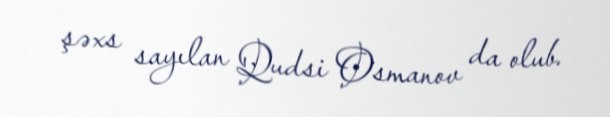
şəxs sayılan Qudsi Osmanov da olub.